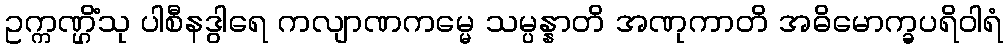
ဥက္ကဏ္ဌိံသု ပါစီနဒွါရေ ကလျာဏကမ္မေ သမ္ပန္နာတိ အဏုကာတိ အဓိမောက္ခပရိဝါရံ